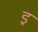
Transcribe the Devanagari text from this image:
ड्र